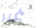
غير